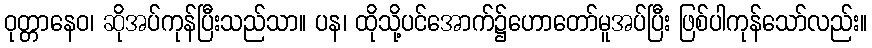
ဝုတ္တာနေဝ၊ ဆိုအပ်ကုန်ပြီးသည်သာ။ ပန၊ ထိုသို့ပင်အောက်၌ဟောတော်မူအပ်ပြီး ဖြစ်ပါကုန်သော်လည်း။